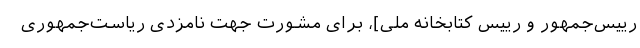
رییس‌جمهور و رییس کتابخانه ملی]، برای مشورت جهت نامزدی ریاست‌جمهوری